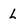
Character: L